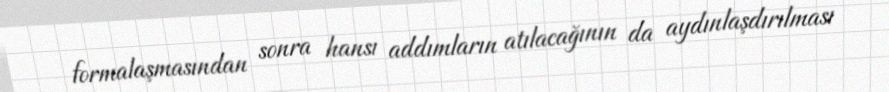
formalaşmasından sonra hansı addımların atılacağının da aydınlaşdırılması